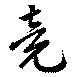
竟